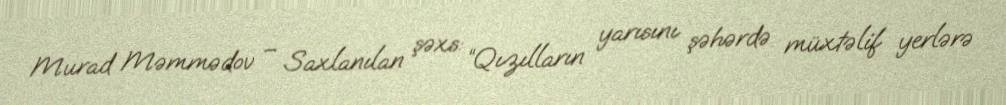
Murad Məmmədov – Saxlanılan şəxs: “Qızılların yarısını şəhərdə müxtəlif yerlərə